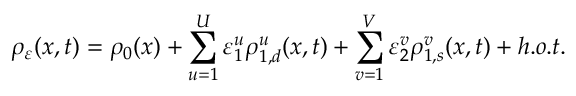
\rho _ { \varepsilon } ( \boldsymbol { x } , t ) = \rho _ { 0 } ( \boldsymbol { x } ) + \sum _ { u = 1 } ^ { U } \varepsilon _ { 1 } ^ { u } \rho _ { 1 , d } ^ { u } ( \boldsymbol { x } , t ) + \sum _ { v = 1 } ^ { V } \varepsilon _ { 2 } ^ { v } \rho _ { 1 , s } ^ { v } ( \boldsymbol { x } , t ) + h . o . t .